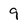
Character: 9